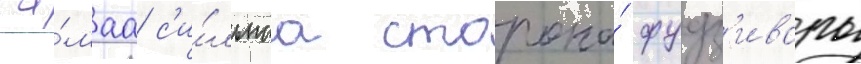
Са́маа с'и́льнаа сторона́ фудз'ивары